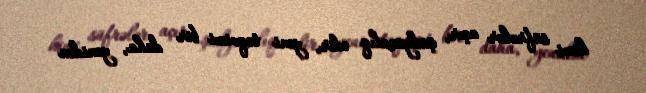
kimi süfrələr açır, şadyanalıq edir, yeni təqvimi bir daha, yenidən